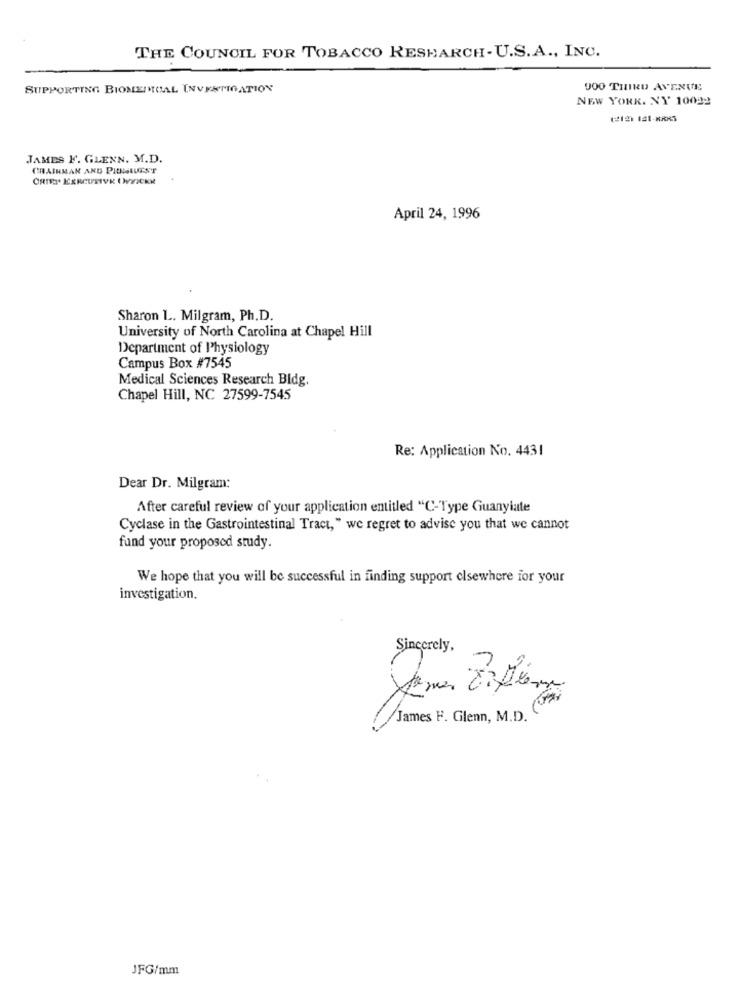
THE COUNCIL FOR TOBACCO RESEARCH- U.S.A ., INC.
SUPPORTING BIONEINCAL INVESTIGATION
900 THIRD AVENUE
NEW YORK. NY 10022
JAMES F. GLENN. M.D.
CRAINMAN AND PIDMIUEST
April 24, 1996
Sharon L. Milgram, Ph.D.
University of North Carolina at Chapel Hill
Department of Physiology
Campus Box #7545
Medical Sciences Research Bldg.
Chapel Hill, NC 27599-7545
Re: Application No. 4431
Dear Dr. Milgram:
After careful review of your application entitled "C-Type Guanylate
Cyclase in the Gastrointestinal Tract, " we regret to advise you that we cannot
fund your proposed study.
We hope that you will be successful in finding support elsewhere for your
investigation.
Sincerely,
James F. Glenn, M.D.
JFG/mm